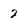
Character: 2